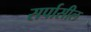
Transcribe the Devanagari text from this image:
सर्पासील